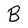
Character: B